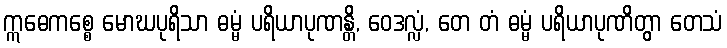
ဣဓေကစ္စေ မောဃပုရိသာ ဓမ္မံ ပရိယာပုဏန္တိ, ဝေဒလ္လံ, တေ တံ ဓမ္မံ ပရိယာပုဏိတွာ တေသံ